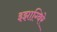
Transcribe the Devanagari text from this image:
इझाग्विरे